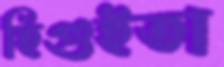
হিগুইতা